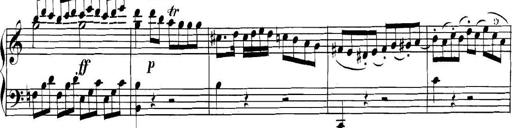
Title: Collected Piano Sonatas
Composer: Muzio Clementi